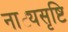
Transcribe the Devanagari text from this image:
नाट्यसृष्टि